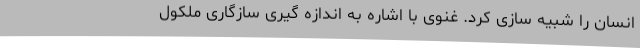
انسان را شبیه سازی کرد. غنوی با اشاره به اندازه گیری سازگاری ملکول